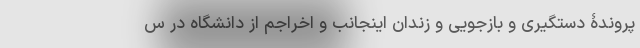
پروندۀ دستگیری و بازجویی و زندان اینجانب و اخراجم از دانشگاه در س